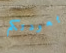
بعودتكم